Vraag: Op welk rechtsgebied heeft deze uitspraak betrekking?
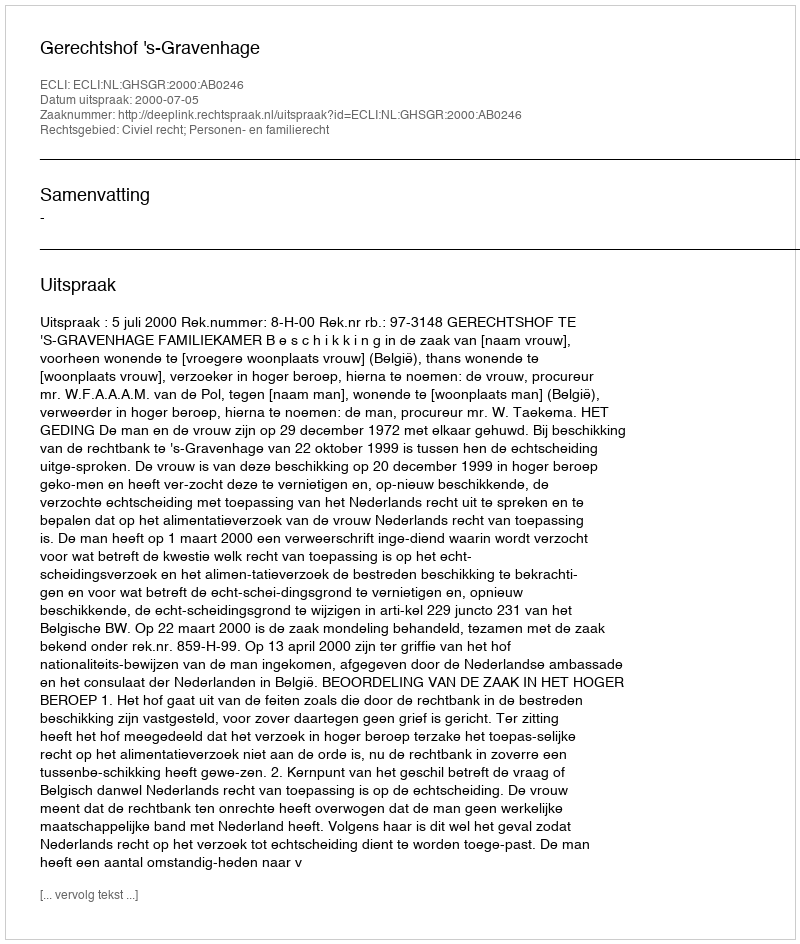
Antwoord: Civiel recht; Personen- en familierecht